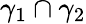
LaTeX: \gamma_{1}\cap\gamma_{2}